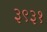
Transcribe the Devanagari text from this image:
३९३१